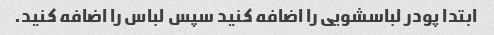
ابتدا پودر لباسشویی را اضافه کنید سپس لباس را اضافه کنید.